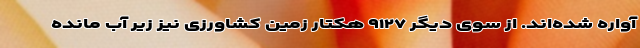
آواره شده‌اند. از سوی دیگر ۹۱۲۷ هکتار زمین کشاورزی نیز زیر آب مانده